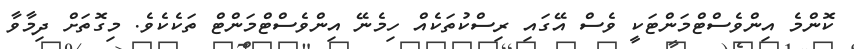
ކޮންމެ އިންވެސްޓްމަންޓަކީ ވެސް އޭގައި ރިސްކުތަކެއް ހިމެނޭ އިންވެސްޓްމަންޓް ތަކެކެވެ. މިގޮތަށް ދިމާވާ